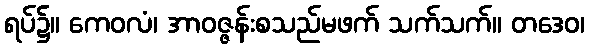
ရပ်၌။ ကေဝလံ၊ အာဝဇ္ဇန်းစသည်မဖက် သက်သက်။ တဒေဝ၊